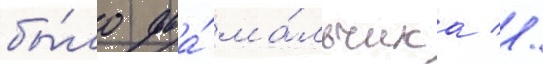
бы́ло два́ ма́льчика //